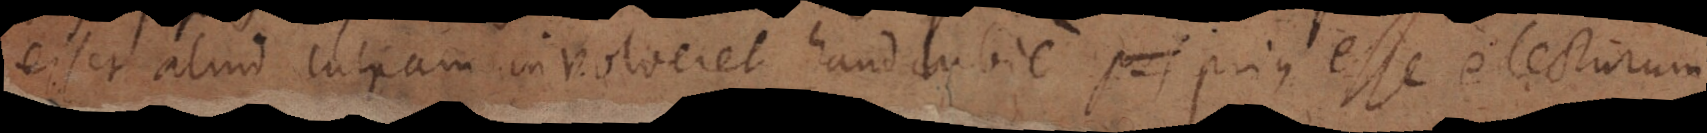
esset aliud culpam involveret haud dubie prius esse electurum